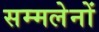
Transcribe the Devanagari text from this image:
सम्मलेनों